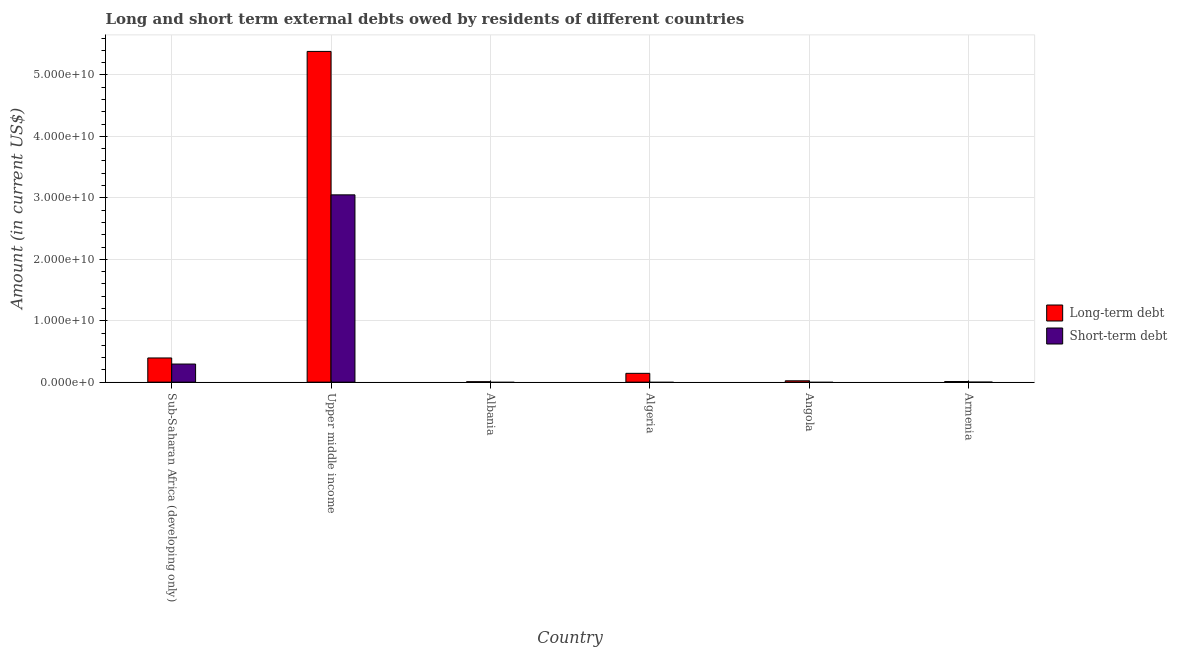
| Country | Long-term debt | Short-term debt |
 | --- | --- | --- |
 | Sub-Saharan Africa (developing only) | 3.94e+09 | 2.95e+09 |
 | Upper middle income | 5.38e+10 | 3.05e+10 |
 | Albania | 7.18e+07 | -1.78e+08 |
 | Algeria | 1.43e+09 | -3.78e+08 |
 | Angola | 2.18e+08 | -3.08e+08 |
 | Armenia | 9.95e+07 | 1e+06 |